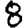
Digit: 8